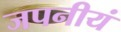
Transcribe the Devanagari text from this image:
जपनीयं